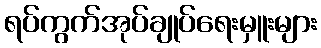
ရပ်ကွက်အုပ်ချုပ်ရေးမှူးများ